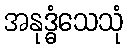
အနုဒ္ဓံသေသုံ